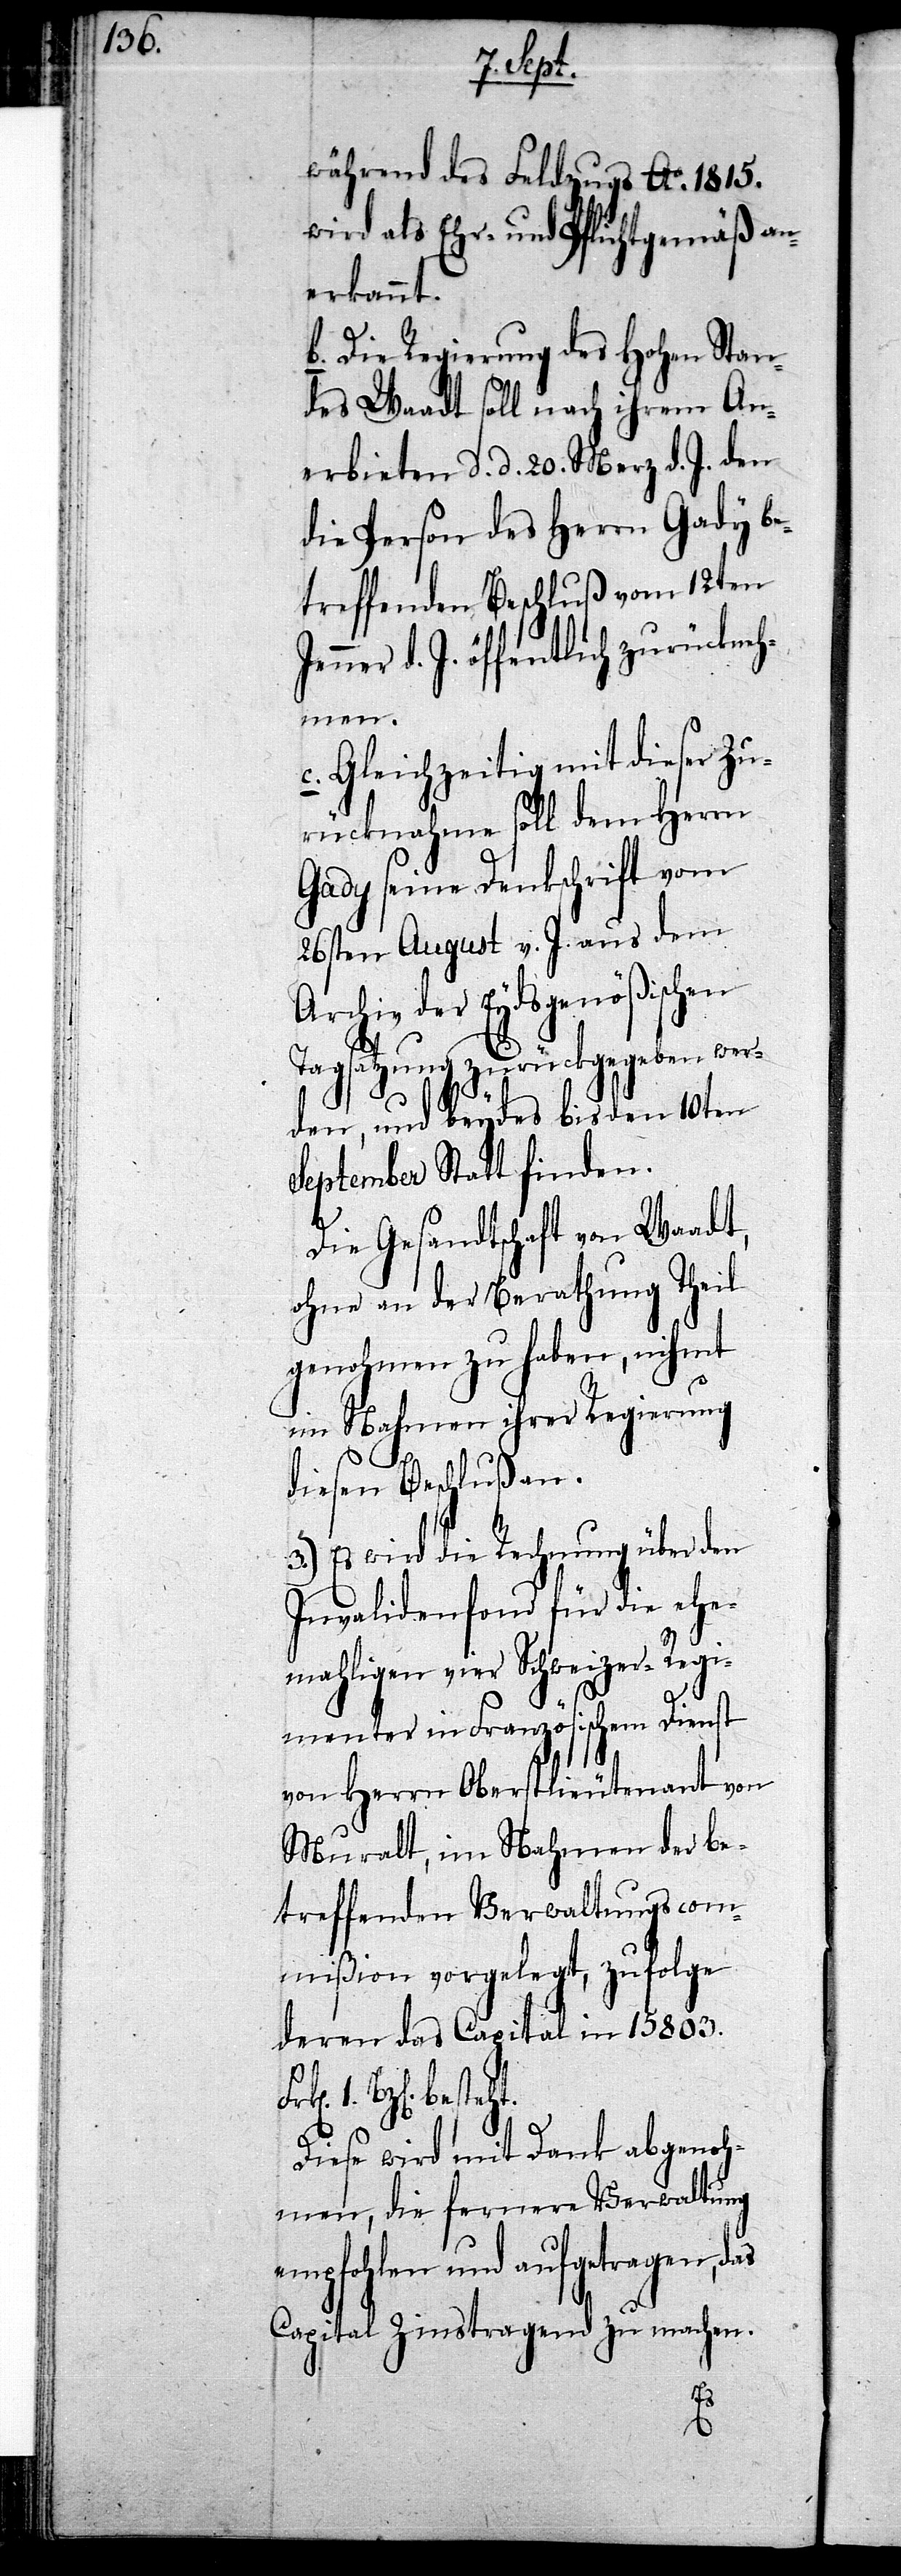
während des Feldzugs Ao. 1815.
wird als Ehr- und Pflichtgemäß an¬
erkannt.
b. Die Regierung des Hohen Stan¬
des Waadt soll nach ihrem An¬
erbieten d. d. 20. Merz d. J. den
die Person des Herrn Gady be¬
treffenden Beschluß vom 12ten
d. J. öffentlich zurückneh¬
men.
c. Gleichzeitig mit dieser Zu¬
rücknahme soll dem Herrn
Gady seine Denkschrift vom
26sten August v. J. aus dem
Archiv der Eydsgenößischen
Tagsatzung zurückgegeben wer¬
den, und beydes bis den 10ten
September Statt finden.
Die Gesandtschaft von Waadt,
ohne an der Berathung Theil
genohmen zu haben, nihmt
im Nahmen ihrer Regierung
diesen Beschluß an.
3.) Es wird die Rechnung über den
Invalidenfond für die ehe¬
mahligen vier Schweizer-Regi¬
menter in Französischem Dienst
von Herrn Oberstlieutenant von
Muralt, im Nahmen der be¬
treffenden Verwaltungscom¬
mißion vorgelegt, zufolge
deren das Capital in 15803.
Bz[en]. besteht.
Diese wird mit Dank abgenoh¬
men, die fernere Verwaltung
empfohlen und aufgetragen,
Capital Zinstragend zu machen.